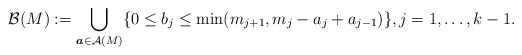
\begin{gather*}{\cal B}(M) := \bigcup_{{\boldsymbol{a}} \in {\cal A}(M)} \{ 0 \le b_j \le\min (m_{j+1},m_j-a_j+a_{j-1}) \}, j=1,\ldots,k-1.\end{gather*}